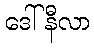
ဒေါ်နီလာ